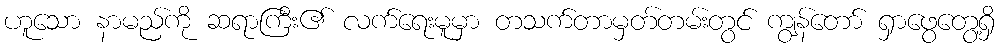
ဟူသော နာမည်ကို ဆရာကြီး၏ လက်ရေးမူမှာ တသက်တာမှတ်တမ်းတွင် ကျွန်တော် ရှာဖွေတွေ့ရှိ